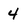
Character: 4